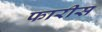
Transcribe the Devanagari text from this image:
फारीस